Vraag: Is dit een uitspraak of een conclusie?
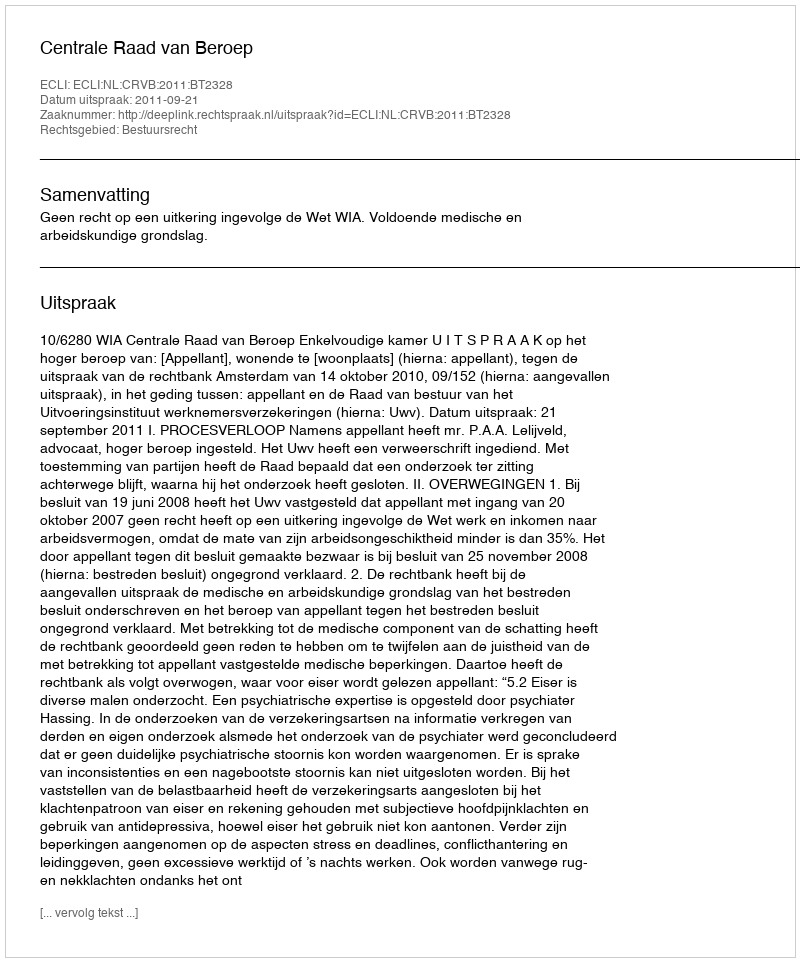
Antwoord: Uitspraak